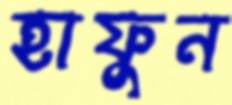
হাফুন